Code of medical and sanitary regulations for the guidance of medical officers serving in the Madras Presidency - Volume I
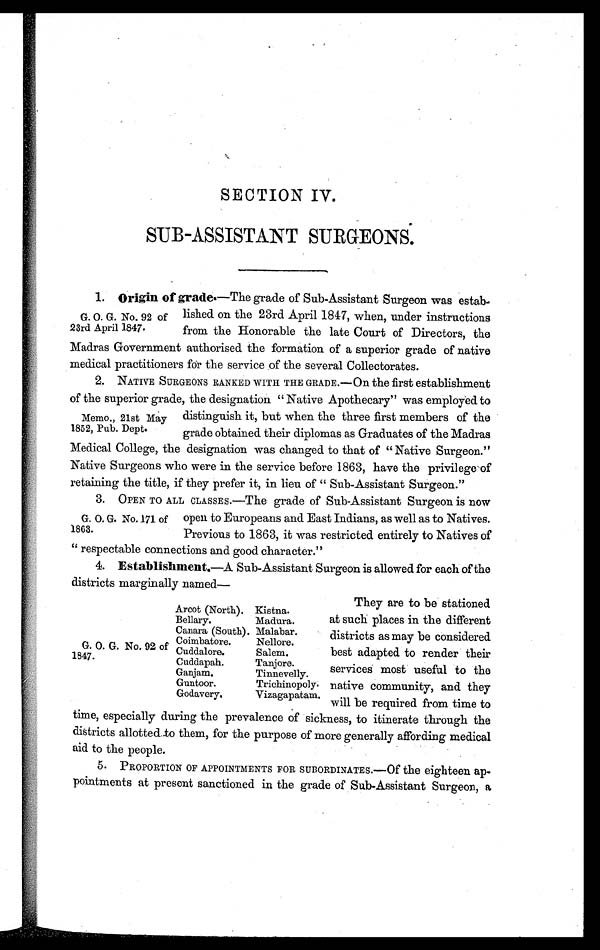
SECTION IV.
SUB-ASSISTANT SURGEONS.
1. Origin of grade.—The grade of Sub-Assi stant Surgeon was estab.
G. O. G. No. 92 of lished on the 23rd April 1847, when, under instructions
23rd April 1847. from the Honorable the late Court of Directors, the
Madras Government authorised the formation of a superior grade of native
medical practitioners for the service of the several Collectorates.
2. NATI VE SURGEONS RANKED WI TH THE GRADE. —On t he f i rst est abl i shment
of the superior grade, the designation " Native Apothecary" was employed to
Memo., 21st May distinguish it, but when the three first members of the
1852, Pub. Dept. grade obtained their diplomas as Graduates of the Madras
Medical College, the designation was changed to that of " Native Surgeon."
Native Surgeons who were in the service before 1863, have the privilege of
retaining the title, if they prefer it, in lieu of " Sub-Assistant Surgeon."
3. OPEN TO ALL CLASSES.—The grade of Sub-Assistant Surgeon is now
G . O . G . N o . 1 7 1 o f o p e n t o E u r o p e a n s a n d E a s t I n d i a n s , a s w e l l a s t o N a t i v e s .
1863. Previous to 1863, it was restricted entirely to Natives of
" respectable connections and good character."
4. Establishment —A Sub-Assistant Surgeon is allowed for each of the
districts marginally named—
They are to be stationed
Arcot (North). Kistna.
Bellary. Madura. at such places in the different
Canara (South). Malabar. districts as may be considered
Coimbatore. Nellore.
G. O. G. No. 92 of Cuddalore. Salem. best adapted to render their
1847. Cuddapah. Tanjore.
services most useful to the
Ganj am.
Tinnevelly.
Guntoor.
Trichinopoly native community, and they
Godavery. Vizagapatam. will be required from time to
time, especially during the prevalence of sickness, to itinerate through the
districts allotted. to them, for the purpose of more generally affording medical
aid to the people.
5. PROPORTION OF APPOINTMENTS FOR SUBORDINATES.—Of the eighteen ap
-pointments at present sanctioned in the grade of Sub-Assistant Surgeon, a